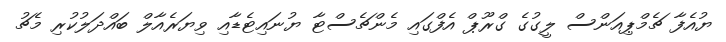
ޔުއެފާ ޗެމްޕިއަންސް ލީގުގެ ގްރޫޕް އެފްގައި މެންޗެސްޓާ ޔުނައިޓެޑާއި ވިޔަރެއާލް ބައްދަލުކުރި މެޗު